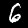
Digit: 6